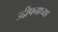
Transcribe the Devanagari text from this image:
उद्दीपनाच्या